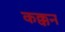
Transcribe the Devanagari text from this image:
कक्कन